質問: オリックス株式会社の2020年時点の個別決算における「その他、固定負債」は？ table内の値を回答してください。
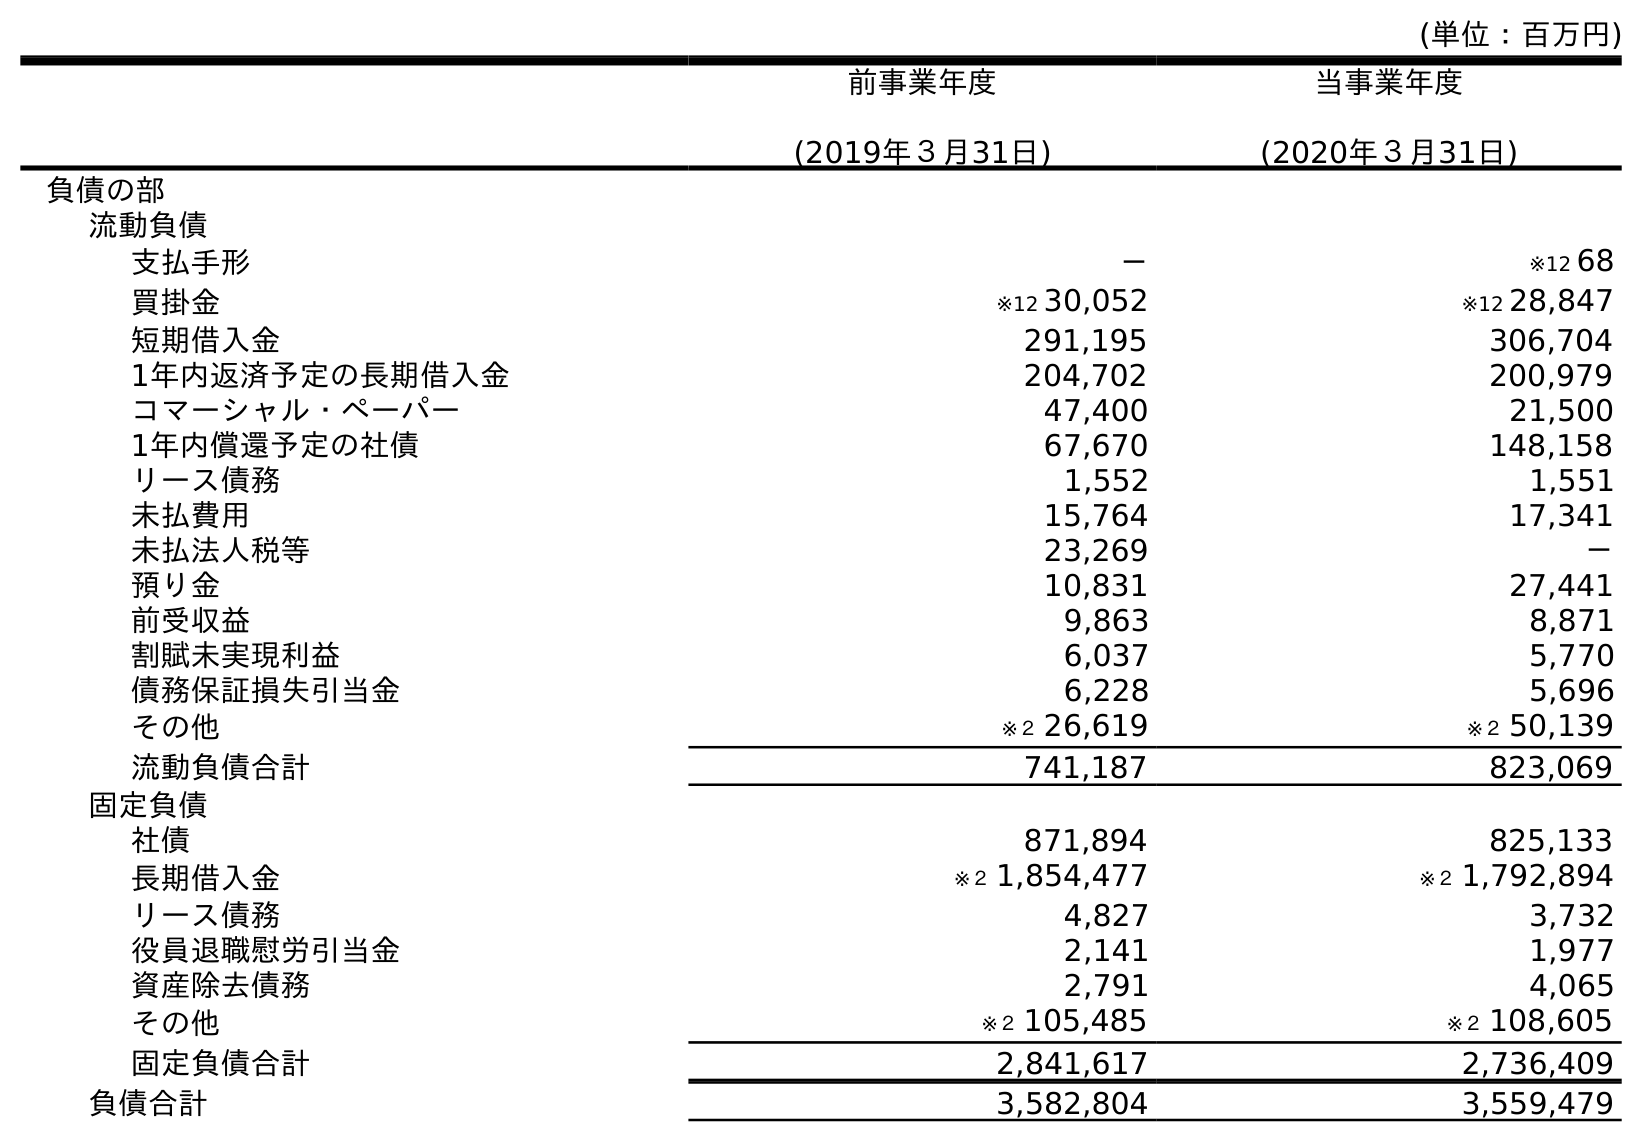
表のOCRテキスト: (単位：百万円) 前事業年度 (2019年３月31日) 当事業年度 (2020年３月31日) 負債の部 流動負債 支払手形 － ※12 68 買掛金 ※12 30,052 ※12 28,847 短期借入金 291,195 306,704 1年内返済予定の長期借入金 204,702 200,979 コマーシャル・ペーパー 47,400 21,500 1年内償還予定の社債 67,670 148,158 リース債務 1,552 1,551 未払費用 15,764 17,341 未払法人税等 23,269 － 預り金 10,831 27,441 前受収益 9,863 8,871 割賦未実現利益 6,037 5,770 債務保証損失引当金 6,228 5,696 その他 ※２ 26,619 ※２ 50,139 流動負債合計 741,187 823,069 固定負債 社債 871,894 825,133 長期借入金 ※２ 1,854,477 ※２ 1,792,894 リース債務 4,827 3,732 役員退職慰労引当金 2,141 1,977 資産除去債務 2,791 4,065 その他 ※２ 105,485 ※２ 108,605 固定負債合計 2,841,617 2,736,409 負債合計 3,582,804 3,559,479
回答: ※２108,605